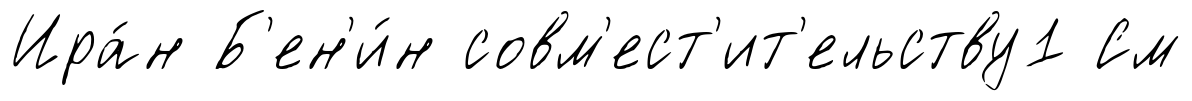
Ира́н Б'ен'и́н совм'ест'ит'ельству1 См